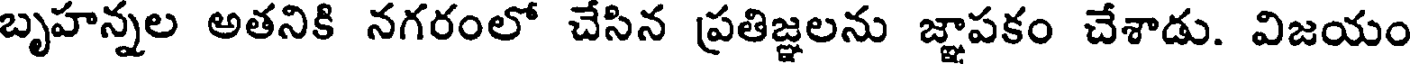
బృహన్నల అతనికి నగరంలో చేసిన ప్రతిజ్ఞలను జ్ఞాపకం చేశాడు. విజయం